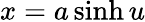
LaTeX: x=a\sinh{u}